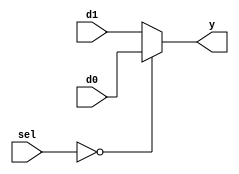
module Multiplexer(input [1:0] sel, input d0, d1, output y);
  assign y = (sel == 0) ? d0 : d1;
endmodule